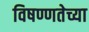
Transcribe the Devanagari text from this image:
विषण्णतेच्या